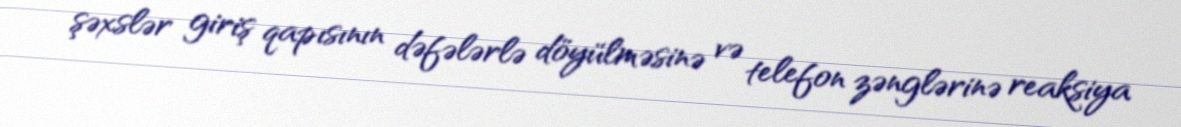
şəxslər giriş qapısının dəfələrlə döyülməsinə və telefon zənglərinə reaksiya